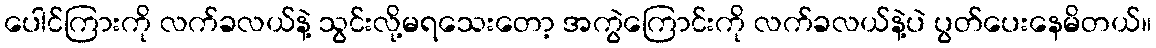
ပေါင်ကြားကို လက်ခလယ်နဲ့ သွင်းလို့မရသေးတော့ အကွဲကြောင်းကို လက်ခလယ်နဲ့ပဲ ပွတ်ပေးနေမိတယ်။